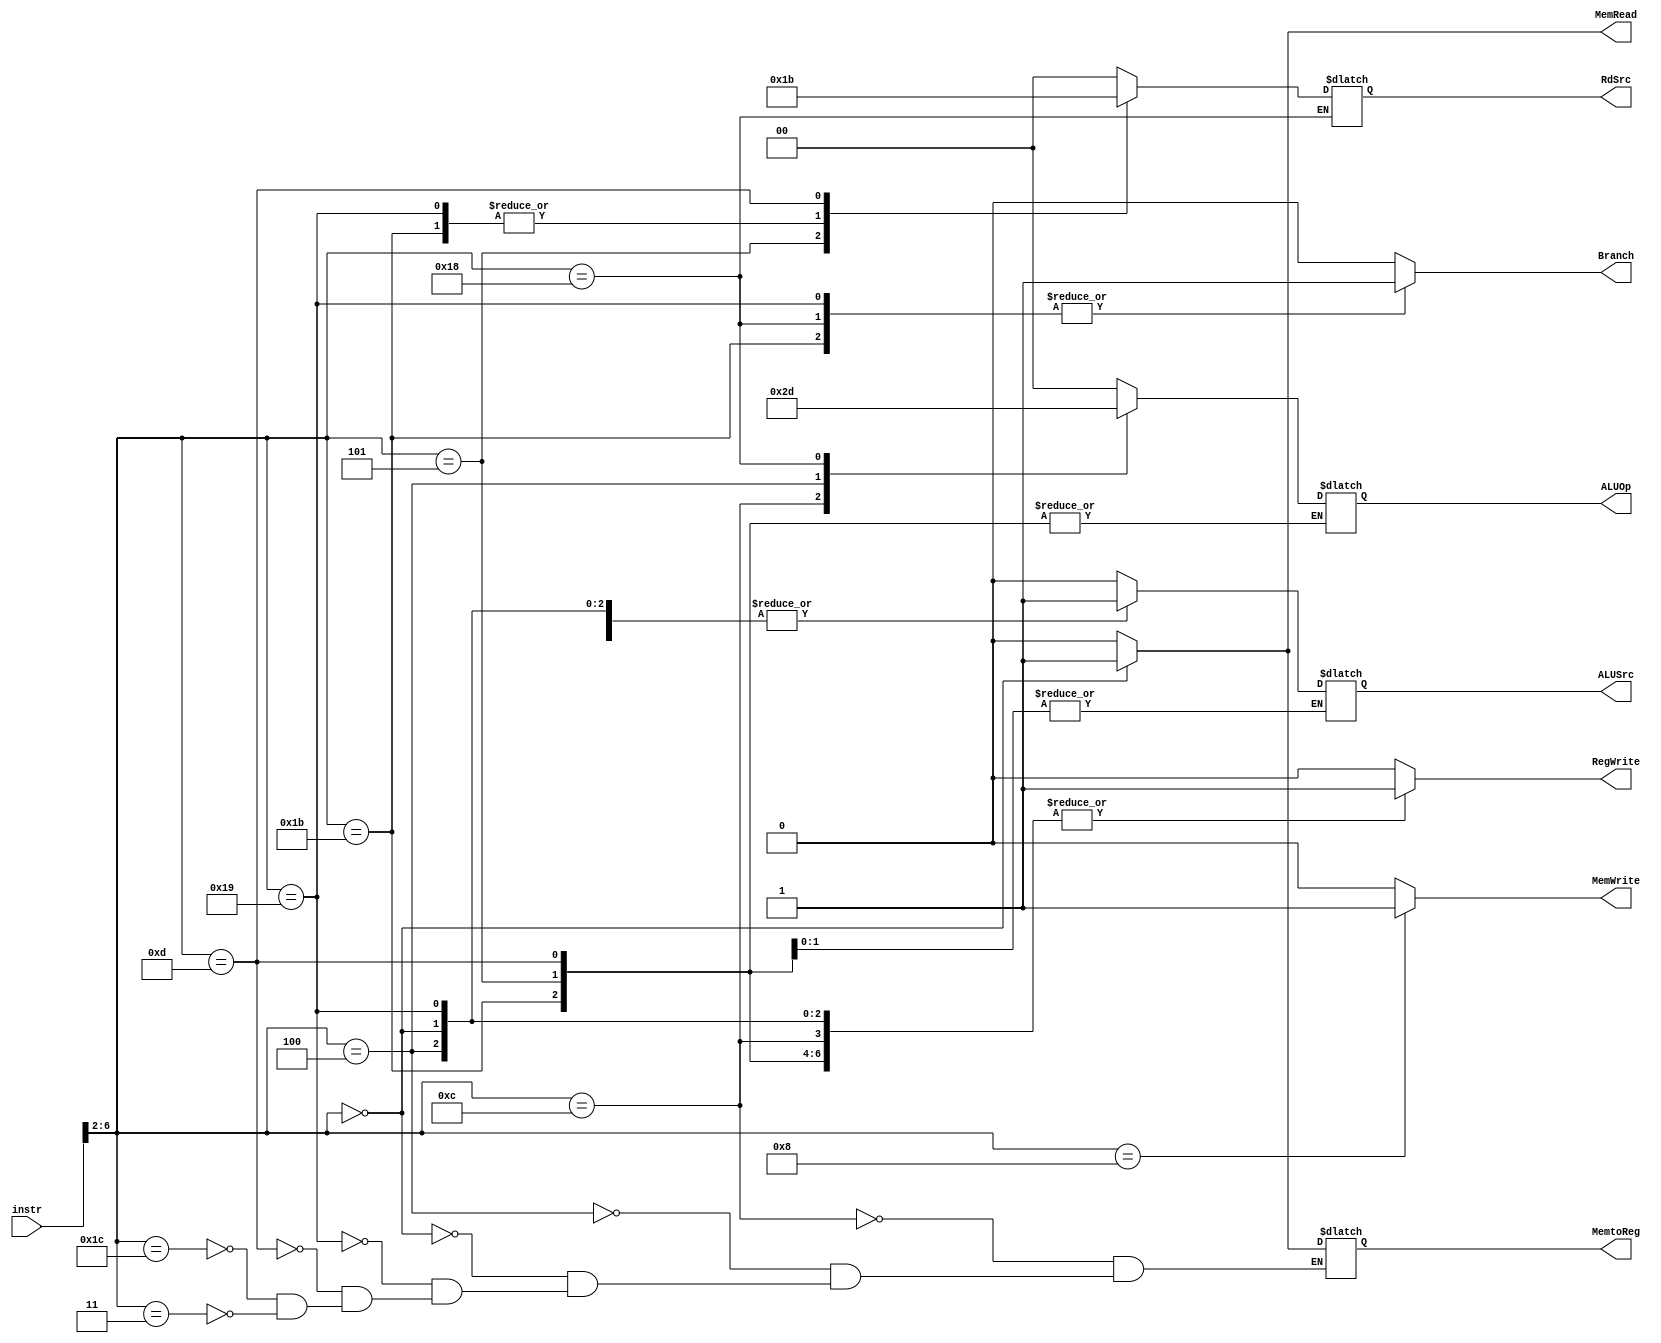
`timescale 1ns / 1ps
module control_unit(
input [6:0]instr, output reg [1:0] RdSrc,
output reg Branch,  MemRead,  MemtoReg,  MemWrite, ALUSrc, RegWrite, output reg [1:0]ALUOp);

    always@(*) 
    case(instr[6:2]) 
    5'b01100:begin//R-format
        Branch =0;
        MemRead=0;
        MemtoReg=0;
        ALUOp=2'b10;
        MemWrite=0;
        ALUSrc=0;
        RegWrite=1;
        RdSrc=0;
    end
    5'b00100: begin //I-format
        Branch =0;
        MemRead=0;
        MemtoReg=0;
        ALUOp=2'b11;
        MemWrite=0;
        ALUSrc=1;
        RegWrite=1;
        RdSrc=0;
    end

    5'b00000: begin//Load 
        Branch =0;
        MemRead=1;
         MemtoReg=1;
         ALUOp=2'b00;
         MemWrite=0;
         ALUSrc=1;
         RegWrite=1;
         RdSrc=0;
        end   
    5'b01000: begin//SW
         Branch =0;
         MemRead=0;
         ALUOp=2'b00;
         MemWrite=1;
         ALUSrc=1;
         RegWrite=0;
         RdSrc=0;
        end
    5'b11000: begin//BEQ
         Branch =1;
          MemRead=0;
          //MemtoReg=0; ///X
          ALUOp=2'b01;
          MemWrite=0;
          ALUSrc=0;
          RegWrite=0;
          end
     5'b11011: begin//JAL
          Branch =1;
          MemRead=0;
          MemWrite=0;
          RegWrite=1;
          ALUSrc=0;
          RdSrc=2'b10;
          end
     5'b00101: begin//AUIPC
         Branch =0;
         MemRead=0;
         MemWrite = 0;
         RegWrite = 1;
        RdSrc=2'b01;
        end
     5'b11001: begin//JALR
            Branch = 1;
            MemRead=0;
            MemtoReg=0;
            ALUOp=2'b00;
            MemWrite=0;
            ALUSrc=1;
            RegWrite=1;
            RdSrc=2'b10;
        end
      5'b01101: begin //LUI
              Branch =0;
              MemRead=0;
              MemtoReg=0;
              MemWrite=0;
              RegWrite=1;
              RdSrc=2'b11;    
              end
        5'b11100  : begin // ECALL,Ebreak
                   Branch =0;
                   MemRead=0;
                   ALUOp=2'b00;
                   MemWrite=0;
                   ALUSrc=0;
                   RegWrite=0;
                   MemtoReg=0;
                   RdSrc=2'b00;
                   end
           5'b00011  : begin //Fence
           Branch =0;
           MemRead=0;
           ALUOp=2'b00;
           MemWrite=0;
           ALUSrc=0;
           RegWrite=0;
          MemtoReg=0;
          RdSrc=2'b00;
           end
    default: begin
     Branch =0;
     MemRead=0;
     ALUOp=2'b00;
     MemWrite=0;
     ALUSrc=0;
     RegWrite=0;
     RdSrc=2'b00;
     end
    endcase
endmodule